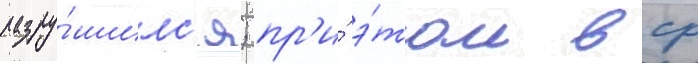
разру́шилс'я; пр'и́ э́том вср